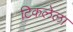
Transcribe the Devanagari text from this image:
टिकलेला